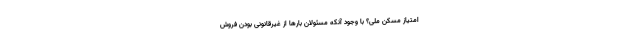
امتیاز مسکن ملی؟ با وجود آنکه مسئولان بارها از غیرقانونی بودن فروش